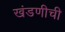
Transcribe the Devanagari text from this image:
खंडणीची